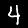
Digit: 4